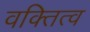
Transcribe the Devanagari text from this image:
वक्तित्व